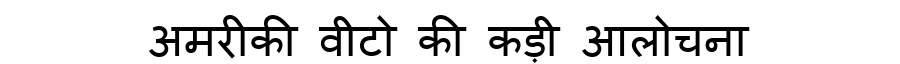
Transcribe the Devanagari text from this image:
अमरीकी वीटो की कड़ी आलोचना